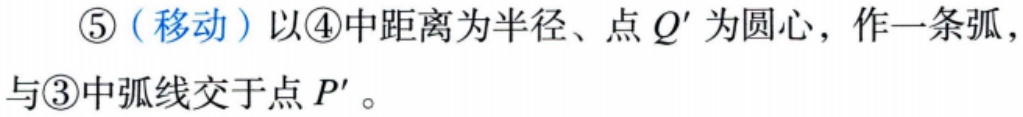
\textcircled{5}（移动）以\textcircled{4}中距离为半径、点 \(Q'\) 为圆心，作一条弧，与\textcircled{3}中弧线交于点 \(P'\)。